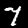
Label: 7